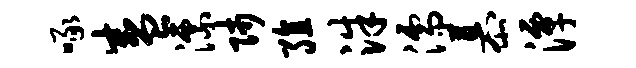
啄盛漂师殖洙濡慕潭